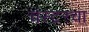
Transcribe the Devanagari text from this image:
चेस्टरचा